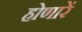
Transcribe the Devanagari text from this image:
होणारें